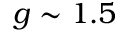
g \sim 1 . 5